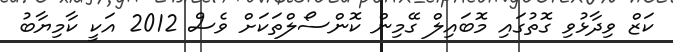
ކަޒް ވިދާޅުވި ގޮތުގައި މޮބައިލް ގޭމިން ކޮންސޯލްތަކަށް ވެސް 2012 އަކީ ކާމިޔާބު